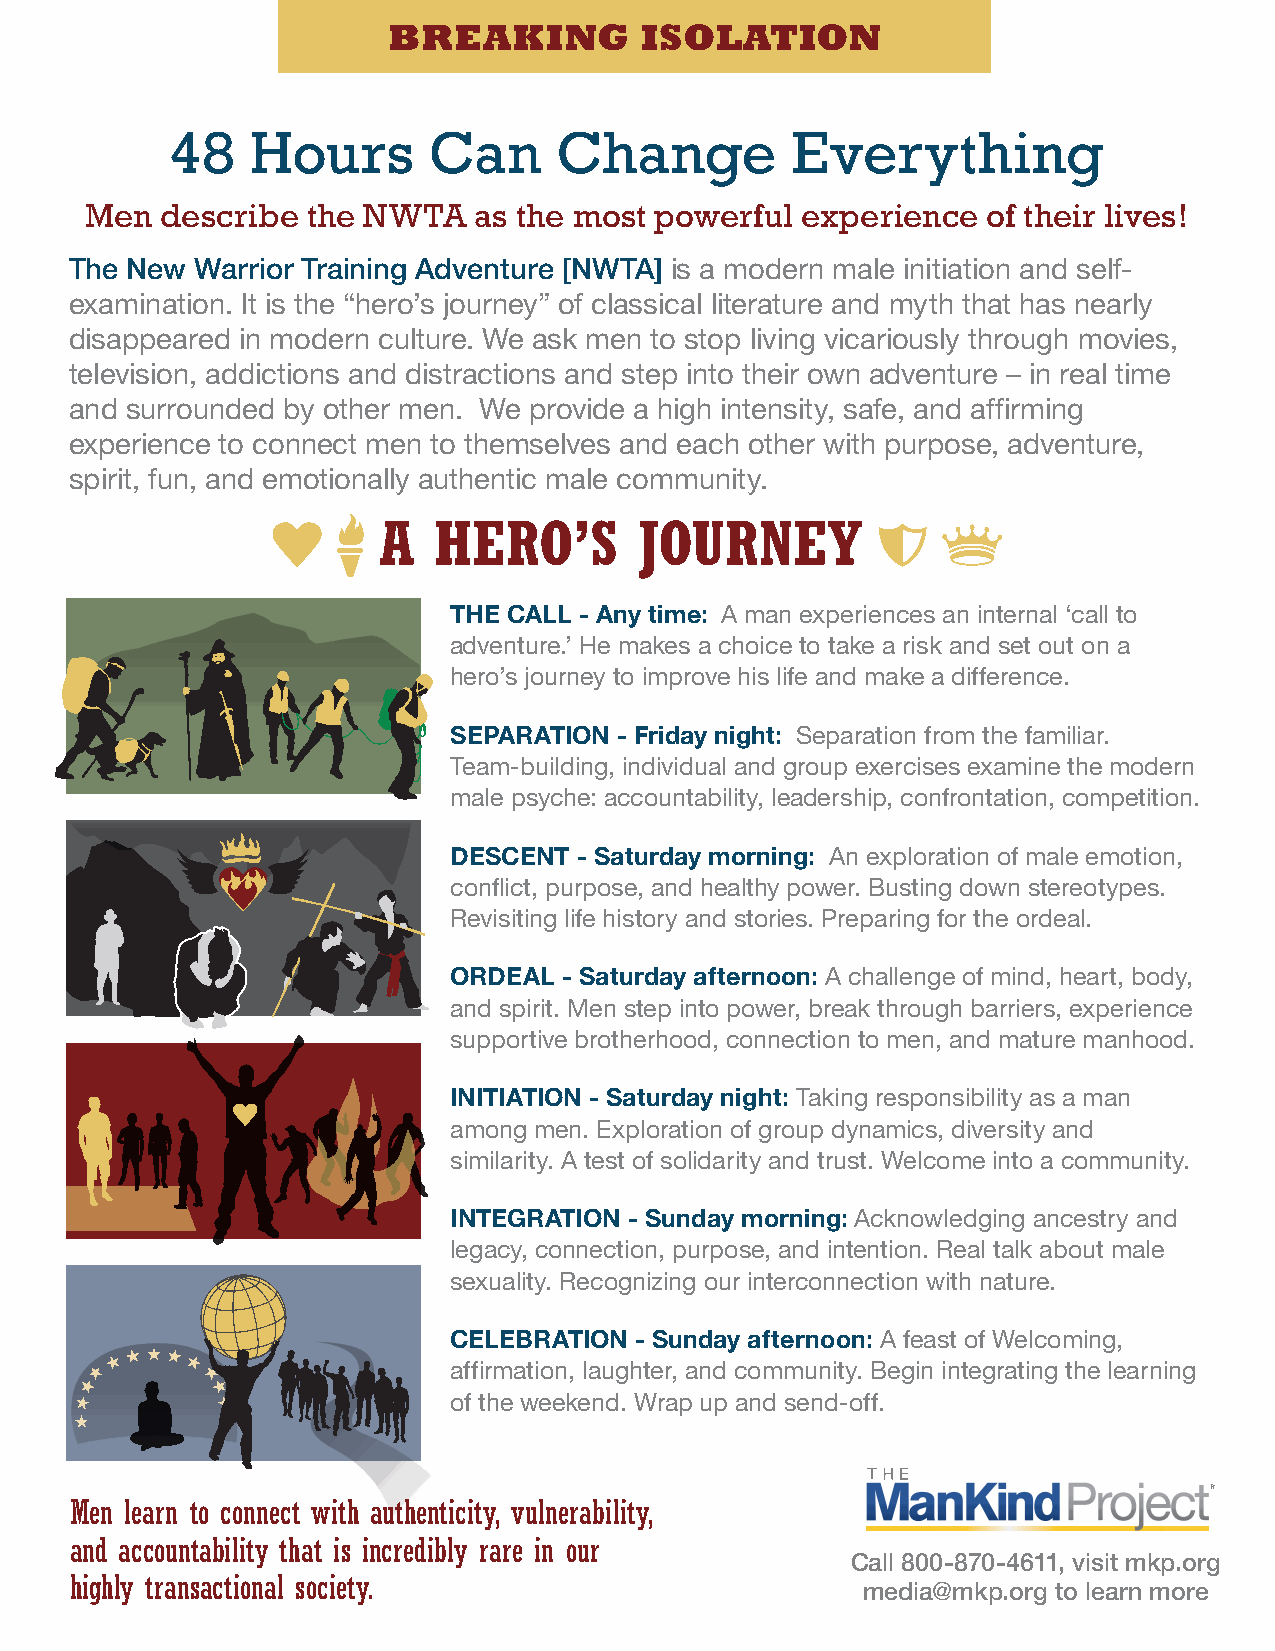
BREAKING        ISOLATION
 48    Hours      Can      Change         Everything
 Men  describe the NWTA   as the most powerful  experience  of their lives!
 The New Warrior Training Adventure [NWTA] is a modern male initiation and self-
 examination. It is the “hero’s journey” of classical literature and myth that has nearly
 disappeared in modern culture. We ask men to stop living vicariously through movies,
 television, addictions and distractions and step into their own adventure – in real time
 and surrounded by other men. We provide a high intensity, safe, and affirming
 experience to connect men to themselves and each other with purpose, adventure,
 spirit, fun, and emotionally authentic male community.
 A   HERO’S       JOURNEY
 THE CALL - Any time: A man experiences an internal ‘call to
 adventure.’ He makes a choice to take a risk and set out on a
 hero’s journey to improve his life and make a difference.
 SEPARATION - Friday night: Separation from the familiar.
 Team-building, individual and group exercises examine the modern
 male psyche: accountability, leadership, confrontation, competition.
 DESCENT - Saturday morning: An exploration of male emotion,
 conflict, purpose, and healthy power. Busting down stereotypes.
 Revisiting life history and stories. Preparing for the ordeal.
 ORDEAL - Saturday afternoon: A challenge of mind, heart, body,
 and spirit. Men step into power, break through barriers, experience
 supportive brotherhood, connection to men, and mature manhood.
 INITIATION - Saturday night: Taking responsibility as a man
 among men. Exploration of group dynamics, diversity and
 similarity. A test of solidarity and trust. Welcome into a community.
 INTEGRATION - Sunday morning: Acknowledging ancestry and
 legacy, connection, purpose, and intention. Real talk about male
 sexuality. Recognizing our interconnection with nature.
 CELEBRATION - Sunday afternoon: A feast of Welcoming,
 affirmation, laughter, and community. Begin integrating the learning
 of the weekend. Wrap up and send-off.
 Men learn to connect with authenticity, vulnerability,
 and accountability that is incredibly rare in our
 Call 800-870-4611, visit mkp.org
 highly transactional society.
 media@mkp.org to learn more